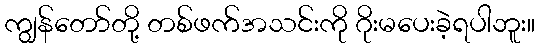
ကျွန်တော်တို့ တစ်ဖက်အသင်းကို ဂိုးမပေးခဲ့ရပါဘူး။